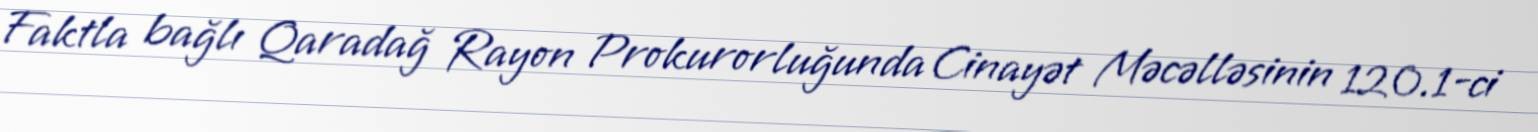
Faktla bağlı Qaradağ Rayon Prokurorluğunda Cinayət Məcəlləsinin 120.1-ci